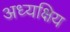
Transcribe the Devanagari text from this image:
अध्यक्षिय